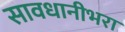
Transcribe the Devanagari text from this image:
सावधानीभरा